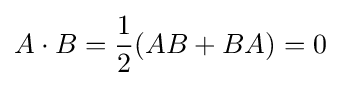
A\cdot B={\frac {1}{2}}(AB+BA)=0